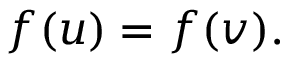
f ( u ) = f ( v ) .